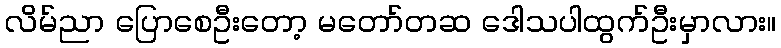
လိမ်ညာ ပြောစေဦးတော့ မတော်တဆ ဒေါသပါထွက်ဦးမှာလား။